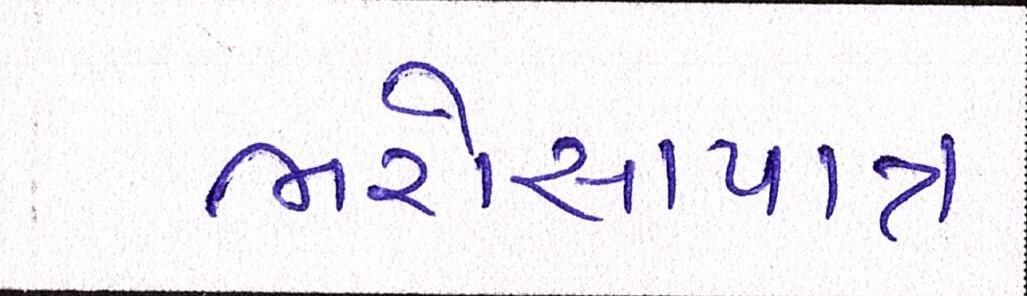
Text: ભરોસાપાત્ર